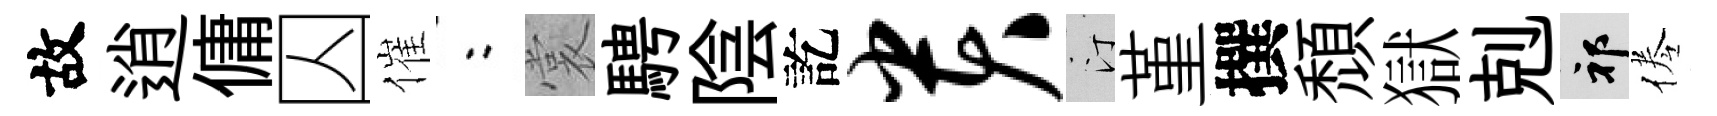
故逍傭囚催欸裳騁陰訖贵汀堇撰頹獄剋祁倦